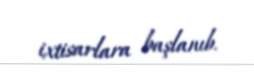
ixtisarlara başlanıb.